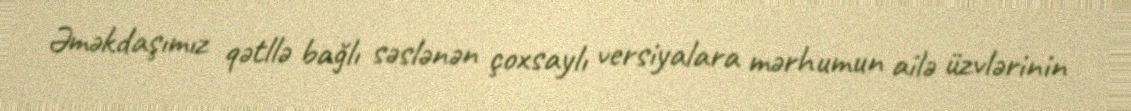
Əməkdaşımız qətllə bağlı səslənən çoxsaylı versiyalara mərhumun ailə üzvlərinin